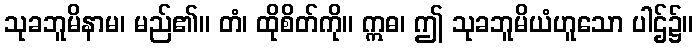
သုခဘူမိနာမ၊ မည်၏။ တံ၊ ထိုစိတ်ကို။ ဣဓ၊ ဤ သုခဘူမိယံဟူသော ပါဌ်၌။